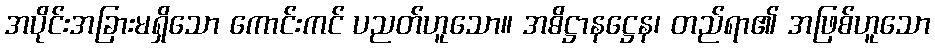
အပိုင်းအခြားမရှိသော ကောင်းကင် ပညတ်ဟူသော။ အဓိဋ္ဌာနဋ္ဌေန၊ တည်ရာ၏ အဖြစ်ဟူသော